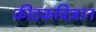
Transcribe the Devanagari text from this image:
कीटकविज्ञान